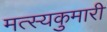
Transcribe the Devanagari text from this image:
मत्स्यकुमारी